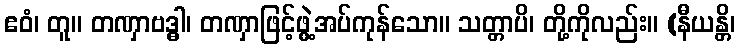
ဧဝံ၊ တူ။ တဏှာဗဒ္ဓါ၊ တဏှာဖြင့်ဖွဲ့အပ်ကုန်သော။ သတ္တာပိ၊ တို့ကိုလည်း။ (နီယန္တိ၊